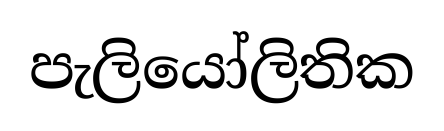
පැලියෝලිතික